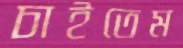
চাইতেম